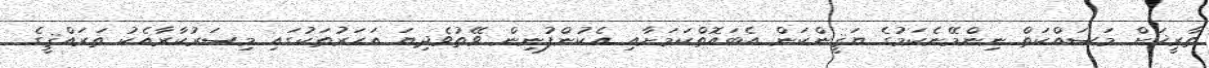
ތާރީޚަށް މަސައްކަތް ނިންމޭނެކަމުގެ ޔަޤީންކަން އެބައޮތްކަމަށާއި އެކުންފުނިން ވޭތުވެދިޔަ އަހަރުތަކުގައި މިސަރުކާރާއެކު ތަރައްޤީގެ